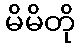
မိမိတို